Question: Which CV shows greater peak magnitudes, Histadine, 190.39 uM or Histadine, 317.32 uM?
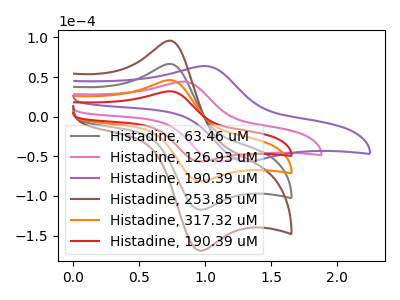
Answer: <think>The gray curve "Histadine, 63.46 uM" has an anodic peak at (0.75V, 92.40uA) and a cathodic peak at (0.95V, -163.00uA). The pink curve "Histadine, 126.93 uM" has an anodic peak at (0.80V, 44.20uA) and a cathodic peak at (1.10V, -56.55uA). The purple curve "Histadine, 190.39 uM" has an anodic peak at (1.00V, 63.95uA) and a cathodic peak at (1.30V, -56.55uA). The brown curve "Histadine, 253.85 uM" has an anodic peak at (0.75V, 138.55uA) and a cathodic peak at (0.95V, -244.50uA). The orange curve "Histadine, 317.32 uM" has an anodic peak at (0.75V, 46.20uA) and a cathodic peak at (0.95V, -81.50uA). The red curve "Histadine, 190.39 uM" has an anodic peak at (0.75V, 32.05uA) and a cathodic peak at (0.95V, -56.55uA).</think>
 <answer>Every peak in "Histadine, 190.39 uM" is lower than every peak in "Histadine, 317.32 uM".</answer>
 <eval>lower</eval>